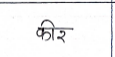
मजकूर: कीर